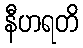
နီဟရတိ